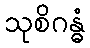
သုစိဂန္ဓံ